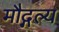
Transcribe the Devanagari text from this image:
मौद्गल्य